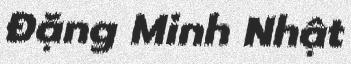
Đặng Minh Nhật